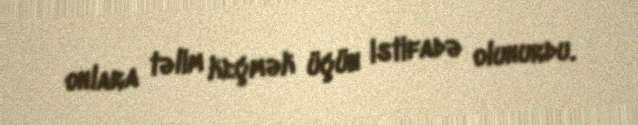
onlara təlim keçmək üçün istifadə olunurdu.